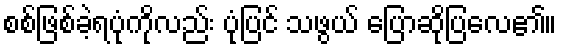
စစ်ဖြစ်ခဲ့ရပုံကိုလည်း ပုံပြင် သဖွယ် ပြောဆိုပြလေ၏။